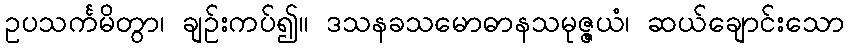
ဥပသင်္ကမိတွာ၊ ချဉ်းကပ်၍။ ဒသနခသမောဓာနသမုဇ္ဇယံ၊ ဆယ်ချောင်းသော